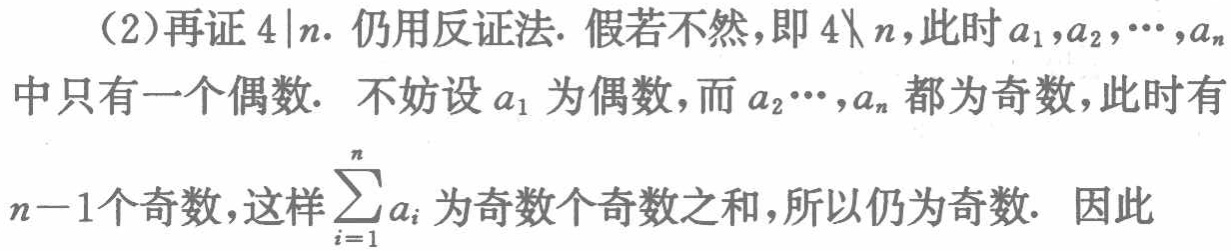
（2）再证\(4\mid n\). 仍用反证法. 假若不然,即\(4\nmid n\),此时\(a_{1},a_{2},\cdots,a_{n}\)中只有一个偶数. 不妨设\(a_{1}\)为偶数,而\(a_{2}\cdots,a_{n}\)都为奇数,此时有\(n - 1\)个奇数,这样\(\sum_{i = 1}^{n}a_{i}\)为奇数个奇数之和,所以仍为奇数. 因此